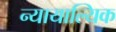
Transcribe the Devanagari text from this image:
न्यायाल्यिक